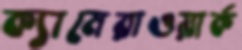
ক্যামেরাওয়ার্ক